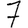
Digit: 7